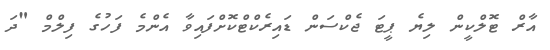
އާރް ޓޮލްކީން ލިޔެ ޕީޓަ ޖެކްސަން ޑައިރެކްޓްކޮށްފައިވާ އެންމެ ފަހުގެ ފިލްމް "ދަ